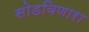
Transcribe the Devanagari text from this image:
सोडविणारा